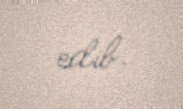
edib.